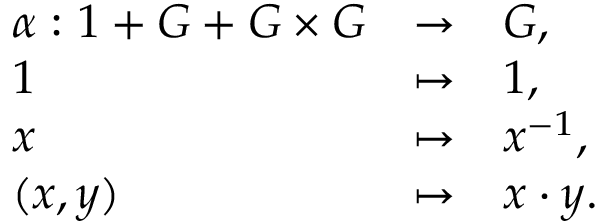
\begin{array} { l l l } { \alpha : { 1 } + G + G \times G } & { \to } & { G , } \\ { 1 } & { \mapsto } & { 1 , } \\ { x } & { \mapsto } & { x ^ { - 1 } , } \\ { ( x , y ) } & { \mapsto } & { x \cdot y . } \end{array}